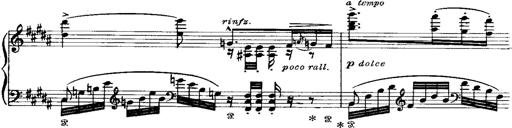
Title: Miserere du Trovatore
Composer: Franz Liszt